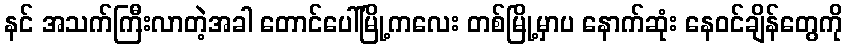
နင် အသက်ကြီးလာတဲ့အခါ တောင်ပေါ်မြို့ကလေး တစ်မြို့မှာပ နောက်ဆုံး နေဝင်ချိန်တွေကို